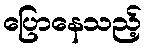
ပြောနေသည့်